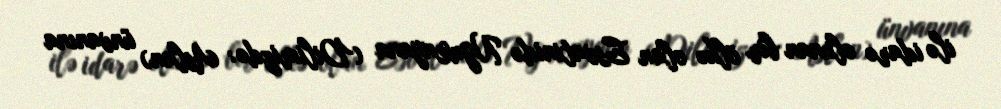
ilə idarə olunan bir ölkə olan Esvatinidə Ngwenyana (Dilimizdə: Aslan) ünvanına